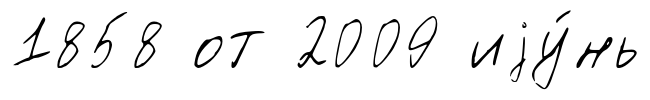
1858 от 2009 иjу́нь